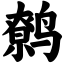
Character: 鹩